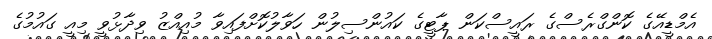
އެމްޑީއޭގެ ކޮންގްރެސްގެ ރައީސްކަން ޕާޓީގެ ކައުންސިލުން ހަވާލުކޮށްފައިވާ މުއިއްޒު ވިދާޅުވީ މިއީ ގައުމުގެ